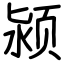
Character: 颍